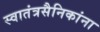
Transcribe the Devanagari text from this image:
स्वातंत्रसैनिकांना